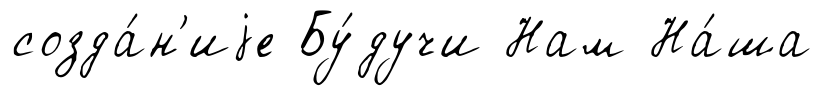
созда́н'иjе Бу́дучи Нам На́ша